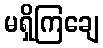
မရှိကြချေ